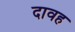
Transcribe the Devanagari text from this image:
दावह